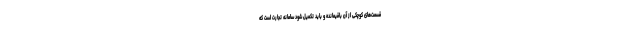
قسمت‌های کوچکی از آن باقیمانده و باید تکمیل شود سامانه تجارت است که